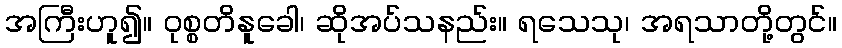
အကြီးဟူ၍။ ဝုစ္စတိနူခေါ၊ ဆိုအပ်သနည်း။ ရသေသု၊ အရသာတို့တွင်။